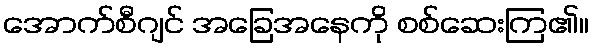
အောက်စီဂျင် အခြေအနေကို စစ်ဆေးကြ၏။